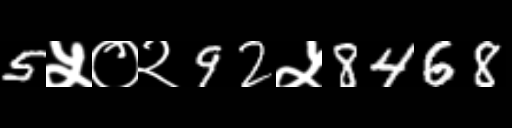
Text: 5५०२92५8468